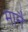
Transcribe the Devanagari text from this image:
मानैं